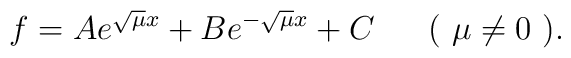
f=A e^{\sqrt{\mu}x}+B e^{- \sqrt{ \mu}x}+C\mbox{\ \ \ \ \ ( $\mu\not= 0$ ).}